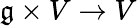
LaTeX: {\mathfrak{g}}\times V\to V